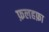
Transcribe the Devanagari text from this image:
फ़लहफ़ा